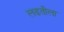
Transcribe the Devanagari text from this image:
लढतीला